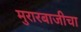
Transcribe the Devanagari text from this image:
मुरारबाजीचा